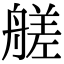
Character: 艖